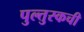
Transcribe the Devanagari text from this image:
पुल्तुस्कची